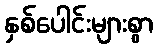
နှစ်ပေါင်းများစွာ